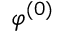
\varphi ^ { ( 0 ) }